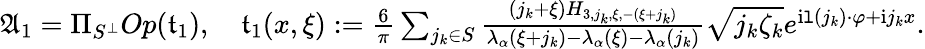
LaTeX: \begin{array}{r}{\mathfrak{A}_{1}=\Pi_{S^{\perp}}Op(\mathfrak{t}_{1}),\quad\mathfrak{t}_{1}(x,\xi):=\frac{6}{\pi}\sum_{j_{k}\in S}\frac{(j_{k}+\xi)H_{3,j_{k},\xi,-(\xi+j_{k})}}{\lambda_{\alpha}(\xi+j_{k})-\lambda_{\alpha}(\xi)-\lambda_{\alpha}(j_{k})}\sqrt{j_{k}\zeta_{k}}e^{\mathrm{i}\mathtt{l}(j_{k})\cdot\varphi+\mathrm{i}j_{k}x}.}\end{array}